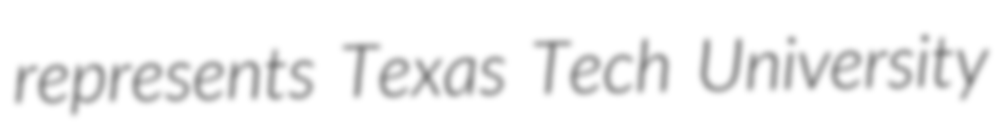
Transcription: represents Texas Tech University